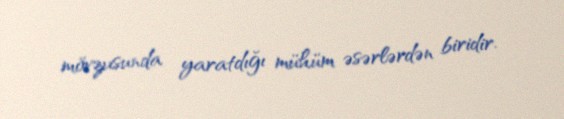
mövzusunda yaratdığı mühüm əsərlərdən biridir.